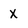
Character: X